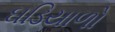
ઘડિયાળો